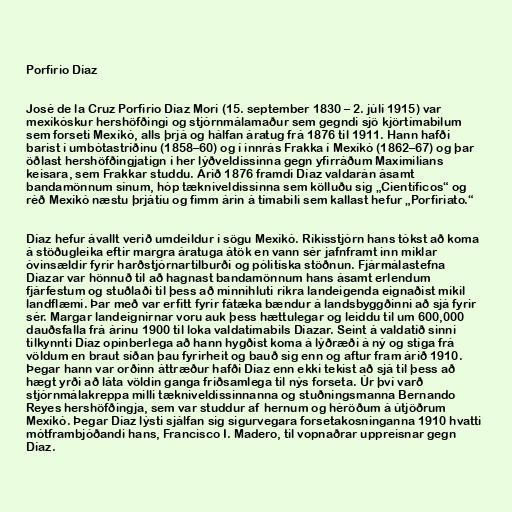
Porfirio Díaz

José de la Cruz Porfirio Díaz Mori (15. september 1830 – 2. júlí 1915) var
mexíkóskur hershöfðingi og stjórnmálamaður sem gegndi sjö kjörtímabilum
sem forseti Mexíkó, alls þrjá og hálfan áratug frá 1876 til 1911. Hann hafði
barist í umbótastríðinu (1858–60) og í innrás Frakka í Mexíkó (1862–67) og þar
öðlast hershöfðingjatign í her lýðveldissinna gegn yfirráðum Maximilians
keisara, sem Frakkar studdu. Árið 1876 framdi Díaz valdarán ásamt
bandamönnum sínum, hóp tækniveldissinna sem kölluðu sig „Científicos“ og
réð Mexíkó næstu þrjátíu og fimm árin á tímabili sem kallast hefur „Porfiriato.“

Díaz hefur ávallt verið umdeildur í sögu Mexíkó. Ríkisstjórn hans tókst að koma
á stöðugleika eftir margra áratuga átök en vann sér jafnframt inn miklar
óvinsældir fyrir harðstjórnartilburði og pólitíska stöðnun. Fjármálastefna
Díazar var hönnuð til að hagnast bandamönnum hans ásamt erlendum
fjárfestum og stuðlaði til þess að minnihluti ríkra landeigenda eignaðist mikil
landflæmi. Þar með var erfitt fyrir fátæka bændur á landsbyggðinni að sjá fyrir
sér. Margar landeignirnar voru auk þess hættulegar og leiddu til um 600,000
dauðsfalla frá árinu 1900 til loka valdatímabils Díazar. Seint á valdatíð sinni
tilkynnti Díaz opinberlega að hann hygðist koma á lýðræði á ný og stíga frá
völdum en braut síðan þau fyrirheit og bauð sig enn og aftur fram árið 1910.
Þegar hann var orðinn áttræður hafði Díaz enn ekki tekist að sjá til þess að
hægt yrði að láta völdin ganga friðsamlega til nýs forseta. Úr því varð
stjórnmálakreppa milli tækniveldissinnanna og stuðningsmanna Bernando
Reyes hershöfðingja, sem var studdur af hernum og héröðum á útjöðrum
Mexíkó. Þegar Díaz lýsti sjálfan sig sigurvegara forsetakosninganna 1910 hvatti
mótframbjóðandi hans, Francisco I. Madero, til vopnaðrar uppreisnar gegn
Díaz.